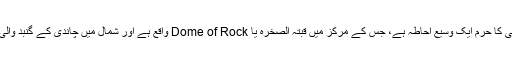
مسجد اقصیٰ کا حرم ایک وسیع احاطہ ہے، جس کے مرکز میں قبتہ الصخرہ یا Dome of Rock واقع ہے اور شمال میں چاندی کے گنبد والی مسجدہے۔